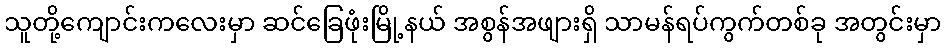
သူတို့ကျောင်းကလေးမှာ ဆင်ခြေဖုံးမြို့နယ် အစွန်အဖျားရှိ သာမန်ရပ်ကွက်တစ်ခု အတွင်းမှာ